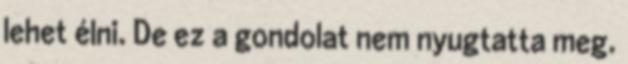
lehet élni. De ez a gondolat nem nyugtatta meg.